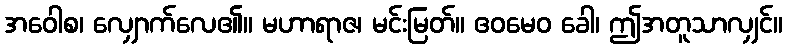
အဝေါစ၊ လျှောက်လေ၏။ မဟာရာဇ၊ မင်းမြတ်။ ဧဝမေဝ ခေါ၊ ဤအတူသာလျှင်။